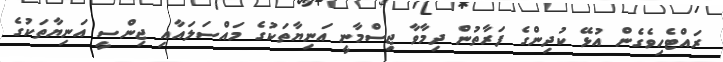
ރައްޓެހިވެގެން އުޅޭ ކުދިންގެ ފަރާތުން ދިމާވާ ޖިސްމާނީ އަނިޔާތަކުގެ މައްސަލައާއި ޖިންސީ އަނިޔާތަކުގެ